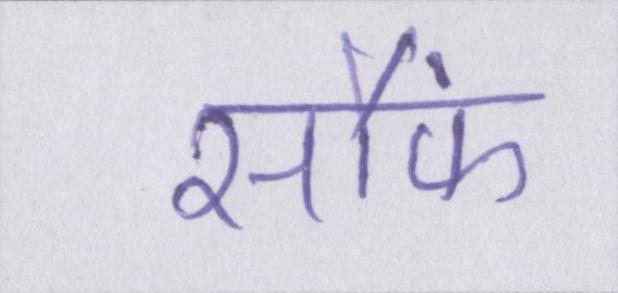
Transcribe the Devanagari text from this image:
सौंफ